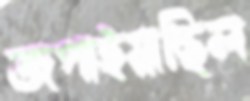
জপাইয়াছিল